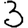
Digit: 3